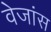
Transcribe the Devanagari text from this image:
वेजांस